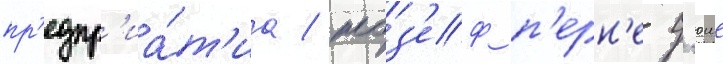
пр'едпр'иа́т'иа / жоз'еф п'ерн'е-д'юше